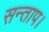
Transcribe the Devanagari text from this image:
सन्‍ताप।